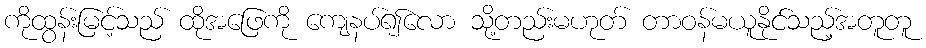
ကိုထွန်းမြင့်သည် ထိုအဖြေကို ကျေနပ်၍လော သို့တည်းမဟုတ် တာဝန်မယူနိုင်သည့်အတူတူ